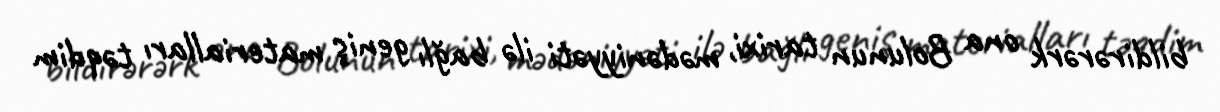
bildirərərk ona Bolunun tarixi, mədəniyyəti ilə bağlı geniş materialları təqdim